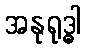
အနုရုဒ္ဓါ